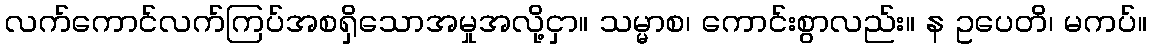
လက်ကောင်လက်ကြပ်အစရှိသောအမှုအလို့ငှာ။ သမ္မာစ၊ ကောင်းစွာလည်း။ န ဥပေတိ၊ မကပ်။